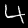
Digit: 4